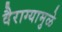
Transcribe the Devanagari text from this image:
वैराग्यामुळे